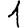
Digit: 1